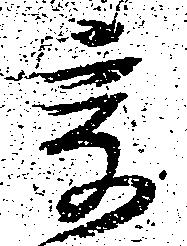
爰